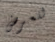
للعرض